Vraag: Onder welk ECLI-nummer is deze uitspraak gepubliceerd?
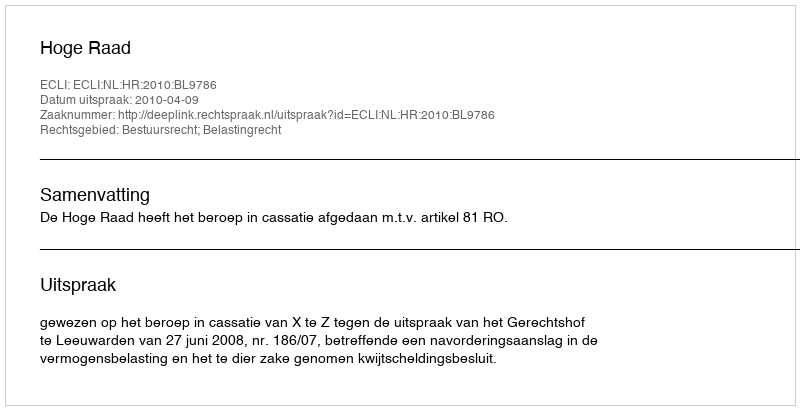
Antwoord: ECLI:NL:HR:2010:BL9786